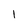
Character: 1